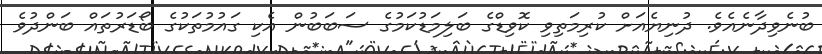
ބުނެވިދާނެއެވެ. ދުނިޔެއަށް ކުރިމަތިވި ކޮވިޑްގެ ބަލިމަޑުކަމުގެ ސަބަބުން އެކި ގައުމުތަކުގެ ބޯޑަރުތައް ބަންދުވެ